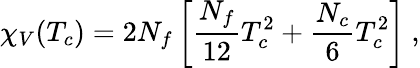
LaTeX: \chi_{V}(T_{c})=2N_{f}\left[\frac{N_{f}}{12}T_{c}^{2}+\frac{N_{c}}{6}T_{c}^{2}\right]\ ,